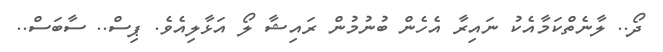
ދޯ.. ލާނެތްކަމާއެކު ނައިރާ އެހެން ބުނުމުން ރައިޝާ ލޯ އަޅާލިއެވެ. ޕިސް.. ސާބަސް..